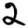
Digit: 2